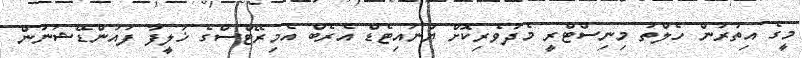
މީގެ އިތުރުން ހެލްތު މިނިސްޓްރީ މެދުވެރިކޮށް ޔުނައިޓެޑް އެރެބް އެމިރޭޓްސްގެ ޚަލީފާ ފައުންޑޭޝަނުން